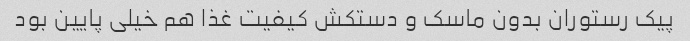
پیک رستوران بدون ماسک و دستکش کیفیت غذا هم خیلی پایین بود